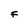
Character: F